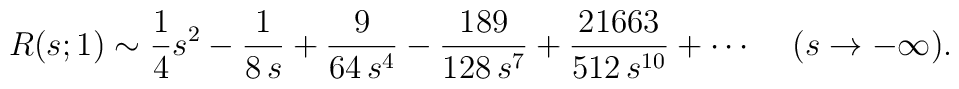
R(s;1)\sim  {1\over 4} s^2 -{1\over 8\, s} + {9\over 64\,  s^4} -{189\over 128\,  s^7}+ {21663\over 512\, s^{10}}  +\cdots \, \ \ \ (s\rightarrow -\infty) .